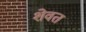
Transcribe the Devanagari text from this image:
शेवत